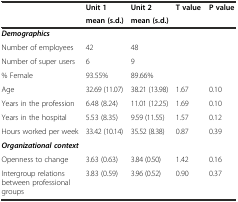
| <ROWSPAN=2>  | Unit 1 | Unit 2 | <ROWSPAN=2> T value | <ROWSPAN=2> P value |
 | mean (s.d.) | mean (s.d.) |
 | --- | --- | --- | --- | --- |
 | Demographics |  |  |  |  |
 | Number of employees | 42 | 48 |  |  |
 | Number of super users | 6 | 9 |  |  |
 | % Female | 93.55% | 89.66% |  |  |
 | Age | 32.69 (11.07) | 38.21 (13.98) | 1.67 | 0.10 |
 | Years in the profession | 6.48 (8.24) | 11.01 (12.25) | 1.69 | 0.10 |
 | Years in the hospital | 5.53 (8.35) | 9.59 (11.55) | 1.57 | 0.12 |
 | Hours worked per week | 33.42 (10.14) | 35.52 (8.38) | 0.87 | 0.39 |
 | Organizational context |  |  |  |  |
 | Openness to change | 3.63 (0.63) | 3.84 (0.50) | 1.42 | 0.16 |
 | Intergroup relations between professional groups | 3.83 (0.59) | 3.96 (0.52) | 0.90 | 0.37 |